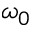
\omega _ { 0 }